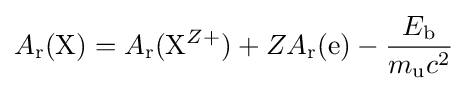
A_{\rm {r}}({\rm {X}})=A_{\rm {r}}({\rm {X}}^{Z+})+ZA_{\rm {r}}({\rm {e}})-{\frac {E_{\rm {b}}}{m_{\rm {u}}c^{2}}}